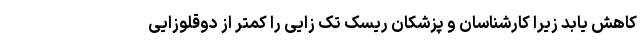
کاهش یابد زیرا کارشناسان و پزشکان ریسک تک زایی را کمتر از دوقلوزایی